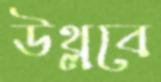
উথ্‌লবে